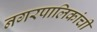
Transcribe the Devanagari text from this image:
नगरपालिकांची